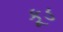
કૂડ